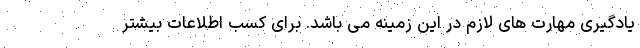
یادگیری مهارت های لازم در این زمینه می باشد. برای کسب اطلاعات بیشتر